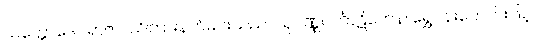
သက္ကောဒေဝရာဇာ၊ သိကြားနတ်မင်းသည်။ သုဝဏ္ဏဝင်္ကာဋိကေန၊ ရွှေပန်းတောင်းဖြင့်။